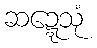
ဆဍ္ဍေသုံ